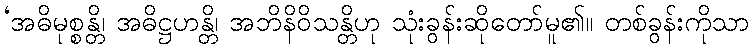
‘အဓိမုစ္စန္တိ၊ အဓိဋ္ဌဟန္တိ၊ အဘိနိဝိသန္တိဟု သုံးခွန်းဆိုတော်မူ၏။ တစ်ခွန်းကိုသာ